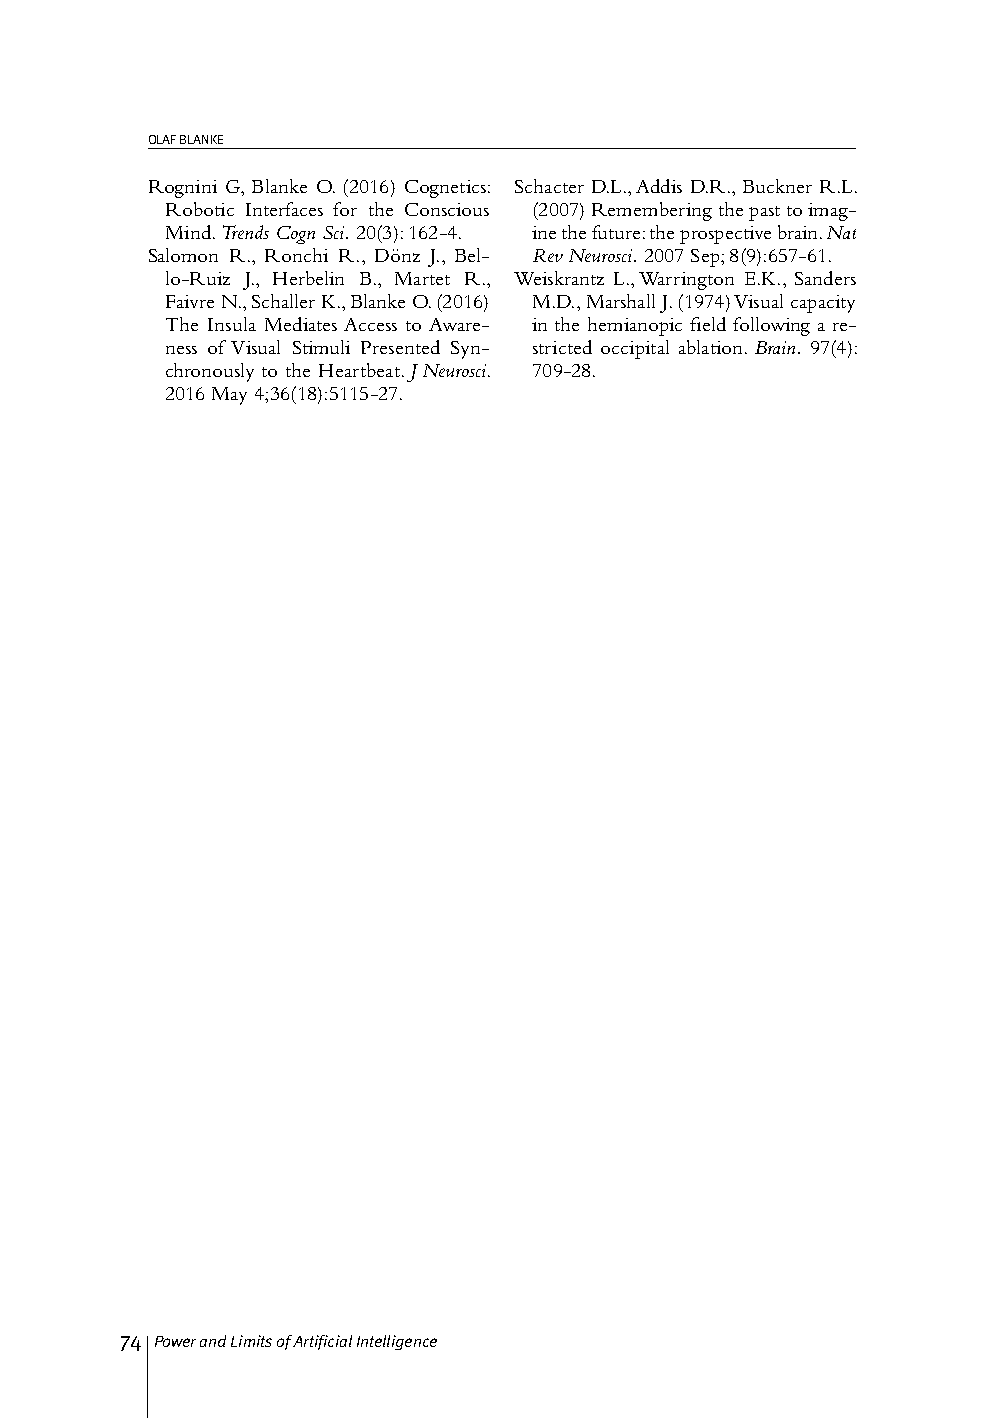
OLAF BLANKE
 Rognini G, Blanke O. (2016) Cognetics: Schacter D.L., Addis D.R., Buckner R.L.
 Robotic Interfaces for the Conscious (2007) Remembering the past to imag-
 Mind. Trends Cogn Sci. 20(3): 162-4. ine the future: the prospective brain. Nat
 Salomon R., Ronchi R., Dönz J., Bel- Rev Neurosci. 2007 Sep; 8(9):657-61.
 lo-Ruiz J., Herbelin B., Martet R., Weiskrantz L., Warrington E.K., Sanders
 Faivre N., Schaller K., Blanke O. (2016) M.D., Marshall J. (1974) Visual capacity
 The Insula Mediates Access to Aware- in the hemianopic field following a re-
 ness of Visual Stimuli Presented Syn- stricted occipital ablation. Brain. 97(4):
 chronously to the Heartbeat. J Neurosci. 709-28.
 2016 May 4;36(18):5115-27.
 74 Power and Limits of Artificial Intelligence